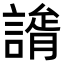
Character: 𧫐